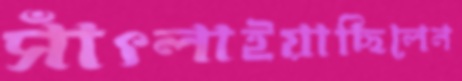
সাঁৎলাইয়াছিলেন